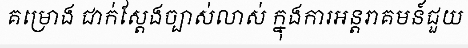
គម្រោង ជាក់ស្តែងច្បាស់លាស់ ក្នុងការអន្តរាគមន៍ជួយ